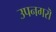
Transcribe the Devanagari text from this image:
उपनगरॊ